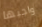
واجبها